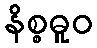
နိစ္စဓူဝ